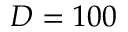
D = 1 0 0